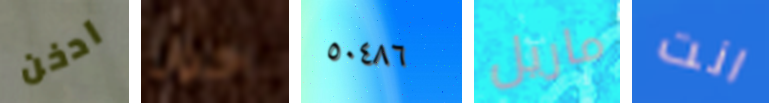
ادخن حول ٥٠٤٨٦ ماريل انت